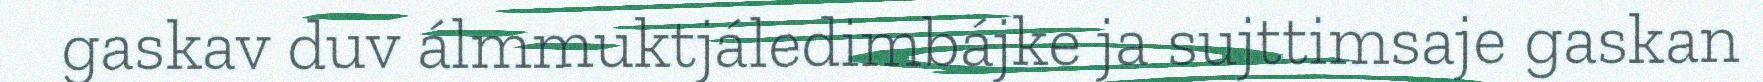
gaskav duv álmmuktjáledimbájke ja sujttimsaje gaskan